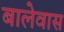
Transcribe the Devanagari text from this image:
बालेवास